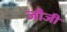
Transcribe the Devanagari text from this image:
जौजी